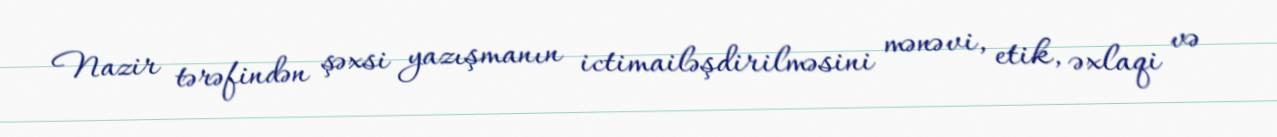
Nazir tərəfindən şəxsi yazışmanın ictimailəşdirilməsini mənəvi, etik, əxlaqi və